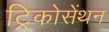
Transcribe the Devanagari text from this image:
ट्रिकोसेंथन